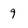
Character: 9